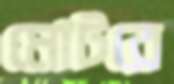
মোটরে